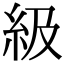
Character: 級